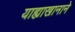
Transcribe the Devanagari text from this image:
याह्याखानाने